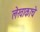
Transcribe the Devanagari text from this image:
लेखाकाचे